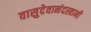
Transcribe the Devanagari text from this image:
वासुदेवानंदस्वामी